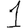
Digit: 1